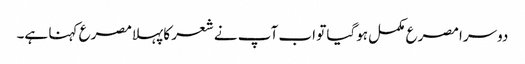
دوسرا مصرع مکمل ہوگیا تو اب آپ نے شعر کا پہلامصرع کہنا ہے۔